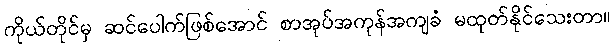
ကိုယ်တိုင်မှ ဆင်ပေါက်ဖြစ်အောင် စာအုပ်အကုန်အကျခံ မထုတ်နိုင်သေးတာ။